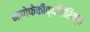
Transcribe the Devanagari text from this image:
नाणेफेकीव्यतिरिक्त